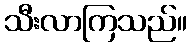
သီးလာကြသည်။